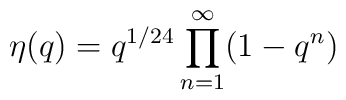
\eta(q)=q^{1/24}\prod_{n=1}^\infty(1-q^n)